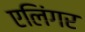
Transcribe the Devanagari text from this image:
एलिंगर